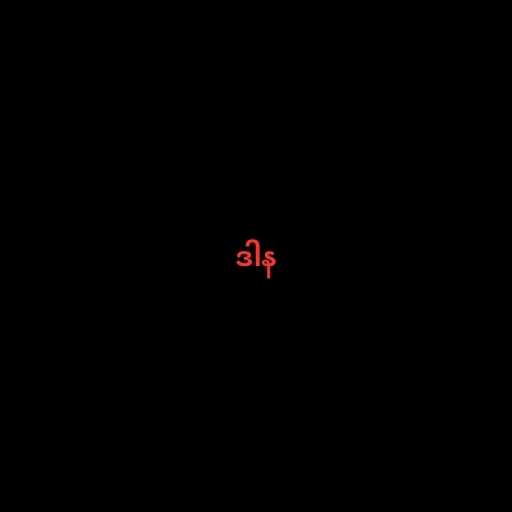
ဒါန